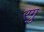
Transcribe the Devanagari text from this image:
रगु